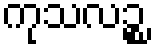
ကုသလဉ္စ